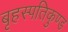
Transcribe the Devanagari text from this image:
बृहस्पतिकुण्ड